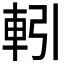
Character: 𮝅